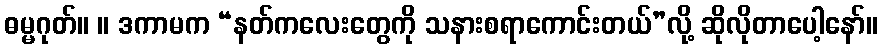
ဓမ္မဂုတ်။ ။ ဒကာမက “နတ်ကလေးတွေကို သနားစရာကောင်းတယ်”လို့ ဆိုလိုတာပေါ့နော်။